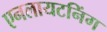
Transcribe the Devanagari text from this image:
एनलायटनिंग